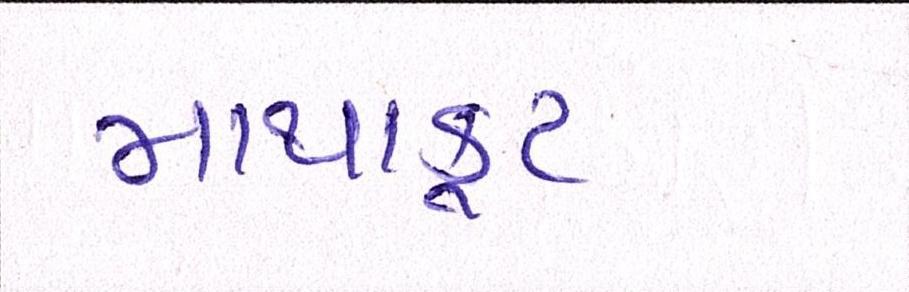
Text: માથાકૂટ